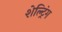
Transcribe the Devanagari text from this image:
शेल्ट्रिंग